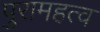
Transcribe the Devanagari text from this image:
पुरामहत्व